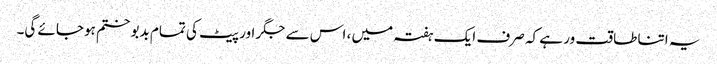
یہ اتنا طاقت ور ہے کہ صرف ایک ہفتہ میں ، اس سے جگر اور پیٹ کی تمام بدبو ختم ہوجائے گی۔